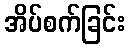
အိပ်စက်ခြင်း